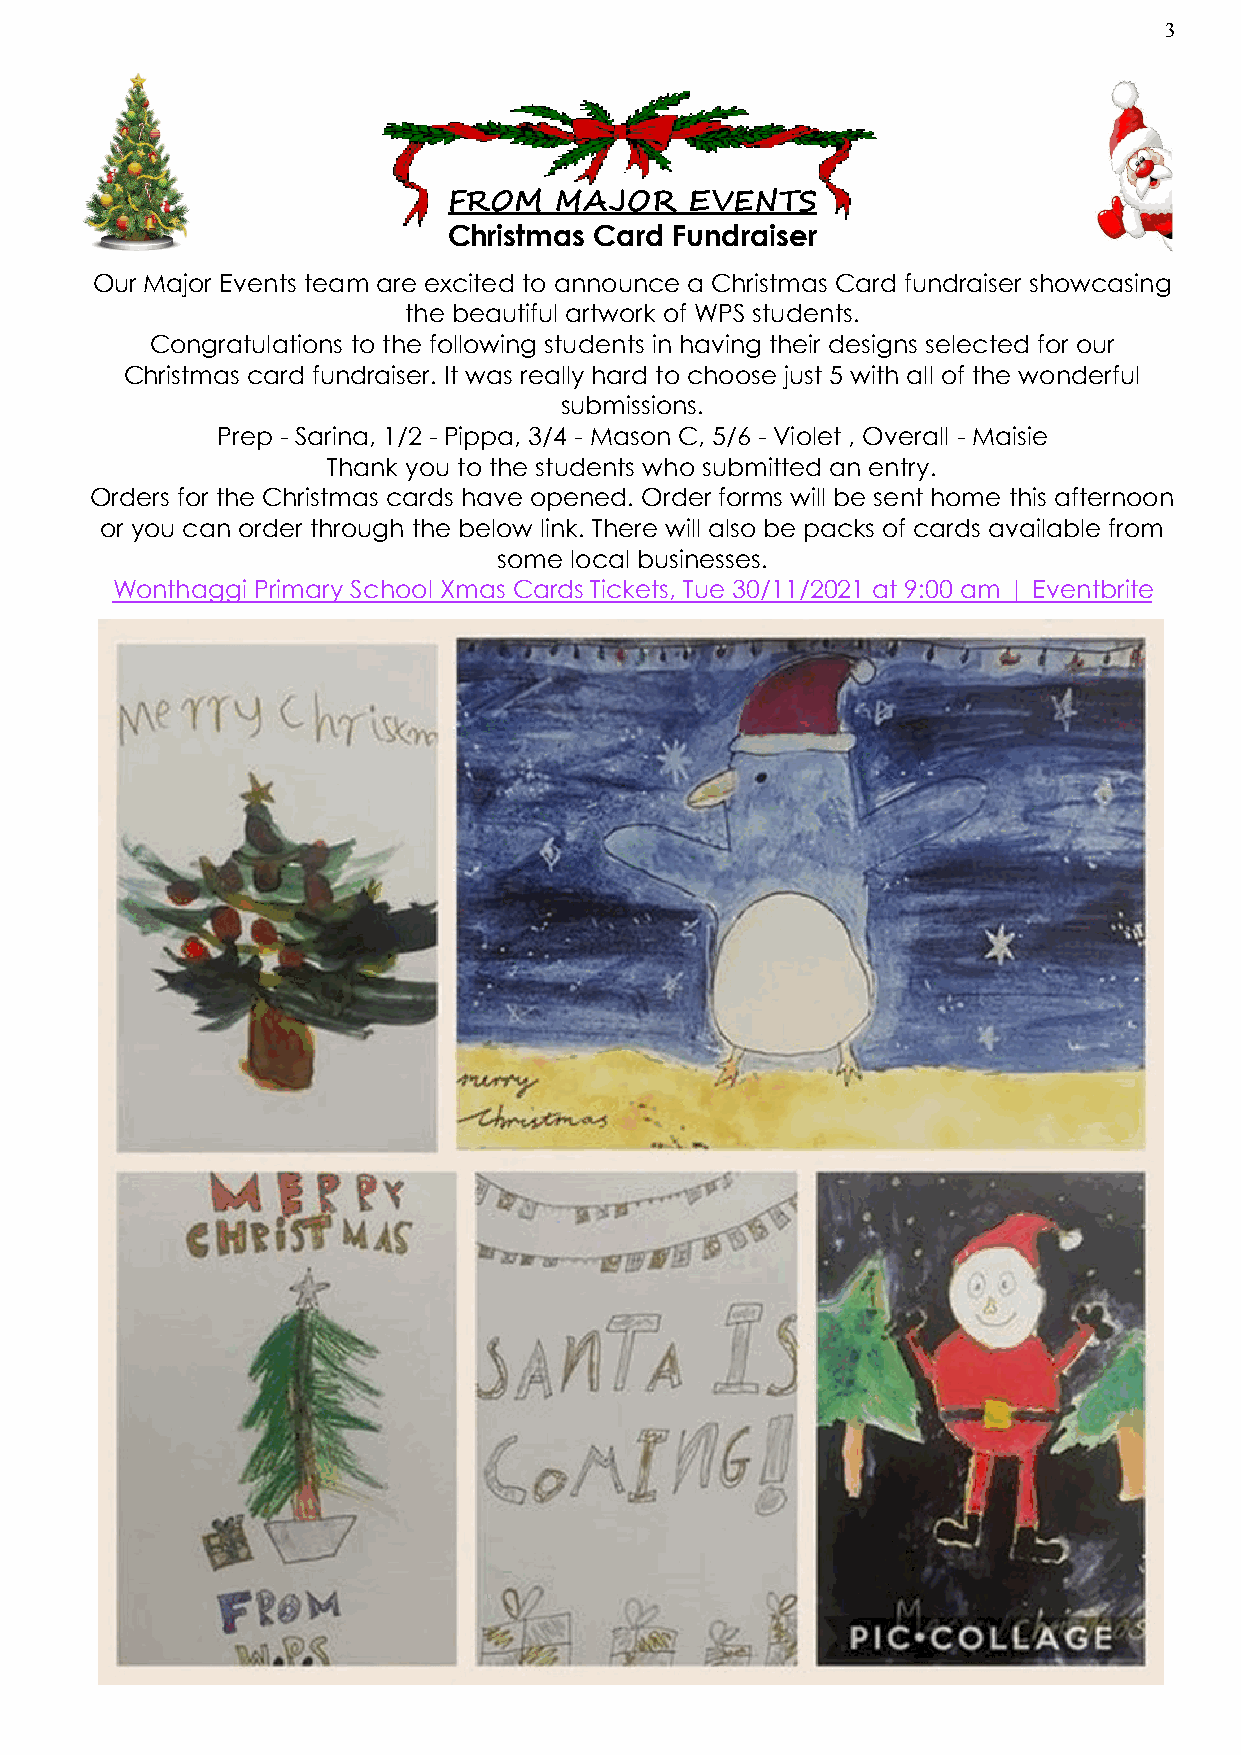
3
 FROM   MAJOR   EVENTS
 Christmas Card Fundraiser
 Our Major Events team are excited to announce a Christmas Card fundraiser showcasing
 the beautiful artwork of WPS students.
 Congratulations to the following students in having their designs selected for our
 Christmas card fundraiser. It was really hard to choose just 5 with all of the wonderful
 submissions.
 Prep - Sarina, 1/2 - Pippa, 3/4 - Mason C, 5/6 - Violet , Overall - Maisie
 Thank you to the students who submitted an entry.
 Orders for the Christmas cards have opened. Order forms will be sent home this afternoon
 or you can order through the below link. There will also be packs of cards available from
 some local businesses.
 Wonthaggi Primary School Xmas Cards Tickets, Tue 30/11/2021 at 9:00 am | Eventbrite